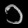
Digit: ၁